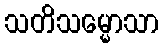
သတိသမ္မောသာ